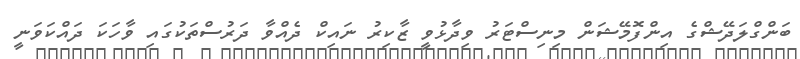
ބަންގްލަދޭޝްގެ އިންފޮމޭޝަން މިނިސްޓަރު ވިދާޅުވީ ޒާކިރު ނައިކް ދެއްވާ ދަރުސްތަކުގައި ވާހަކަ ދައްކަވަނީ